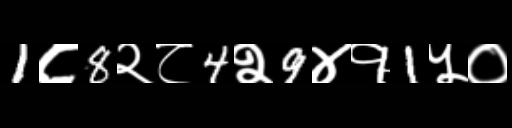
Text: 1८8२८4२9४१1५०